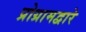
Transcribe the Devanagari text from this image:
प्रोग्रामद्वारे